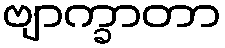
ဗျာက္ခာတာ